Indian journal of veterinary science and animal husbandry - Volume 7,
Year: 1937
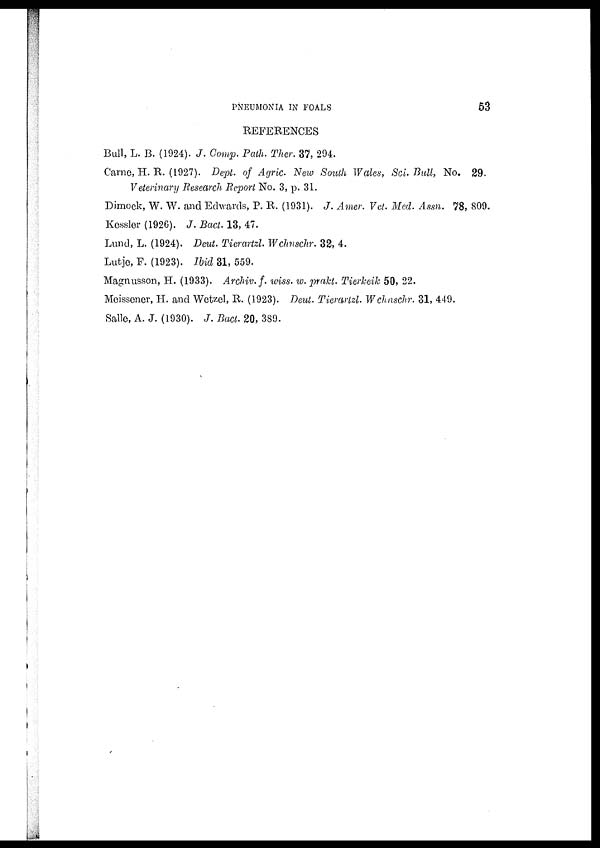
PNEUMONIA IN FOALS
53
REFERENCES
Bull, L. B. (1924). J. Comp. Path. Ther. 37, 294.
Carne, H. R. (1927). Dept. of Agric. New South Wales, Sci. Bull, No. 29.
Veterinary Research Report No. 3, p. 31.
Dimock, W. W. and Edwards, P. R. (1931). J. Amer. Vet. Med. Assn. 78, 809.
Kessler (1926). J. Bact. 13, 47.
Lund, L. (1924). Deut. Tierartzl. Wchnschr. 32, 4.
Lutje, F. (1923). Ibid 31, 559.
Magnusson, H. (1933). Archiv. f. wiss. w. prakt. Tierkeik 50, 22.
Meissener, H. and Wetzel, R. (1923). Deut. Tierartzl. Wchnschr. 31, 449.
Salle, A. J. (1930). J. Bact. 20, 389.